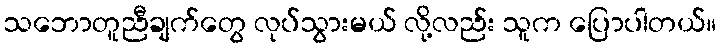
သဘောတူညီချက်တွေ လုပ်သွားမယ် လို့လည်း သူက ပြောပါတယ်။